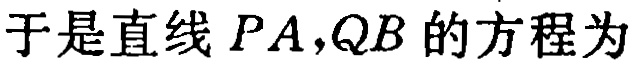
于是直线 \(PA,QB\) 的方程为